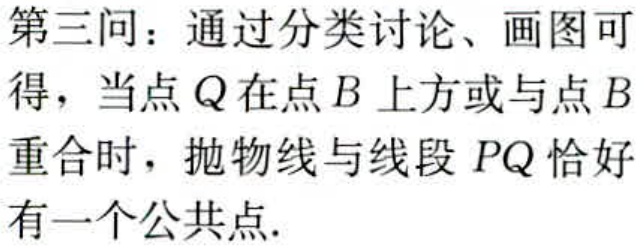
第三问：通过分类讨论、画图可得，当点\(Q\)在点\(B\)上方或与点\(B\)重合时，抛物线与线段\(PQ\)恰好有一个公共点.